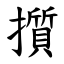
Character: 㩫